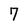
Character: 7